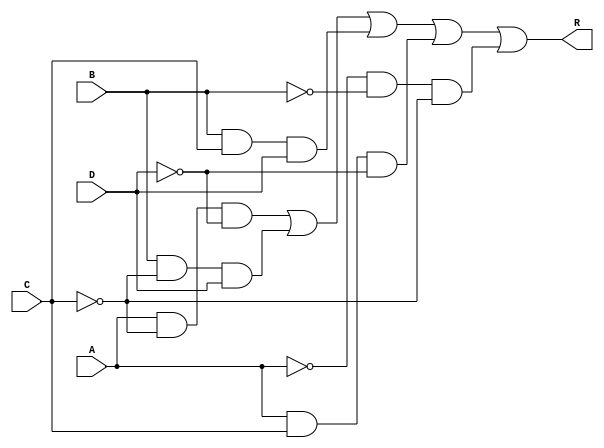
`timescale 1ns/1ns

module func(A, B, C, D, R);

    input A, B, C, D;
    output R;

    assign R = (A & (~C) & (~D)) | (B & (~C) & D) | (B & C & D) | (A & C & (~D)) | ((~A) & (~B) & (~C));

endmodule

module one_bit_adder(A, B, C, C_in, O, C_out);
    
    input A, B, C, C_in;
    output O, C_out;

    func func_1(A, B, C, C_in, O);
    func func_2(C_in, A, B, C, C_out);

endmodule

module eight_bit_adder(A, B, C, C_in, R, C_out);

    input [7:0] A, B, C;
    input C_in;
    output [7:0] R, C_out;

    one_bit_adder adder1(A[0], B[0], C[0], C_in, R[0], C_out[0]);
    one_bit_adder adder2(A[1], B[1], C[1], C_out[0], R[1], C_out[1]);
    one_bit_adder adder3(A[2], B[2], C[2], C_out[1], R[2], C_out[2]);
    one_bit_adder adder4(A[3], B[3], C[3], C_out[2], R[3], C_out[3]);
    one_bit_adder adder5(A[4], B[4], C[4], C_out[3], R[4], C_out[4]);
    one_bit_adder adder6(A[5], B[5], C[5], C_out[4], R[5], C_out[5]);
    one_bit_adder adder7(A[6], B[6], C[6], C_out[5], R[6], C_out[6]);
    one_bit_adder adder8(A[7], B[7], C[7], C_out[6], R[7], C_out[7]);

endmodule

module tb_Ques_1_1;

    reg [7:0] A, B, C;
    wire [7:0] R, C_out;

    eight_bit_adder eight_bit_adder_1(A, B, C, 1'b0, R, C_out);

    initial begin
        A = 0;
        B = 0;
        C = 0;
        #5;

        $monitor("A = %b, B = %b, C = %b, R = %b", A, B, C, R);

        repeat(10) begin
            A = $random;
            B = $random;
            C = $random;
            #15;
        end
    end

endmodule